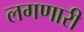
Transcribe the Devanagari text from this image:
लगणारी